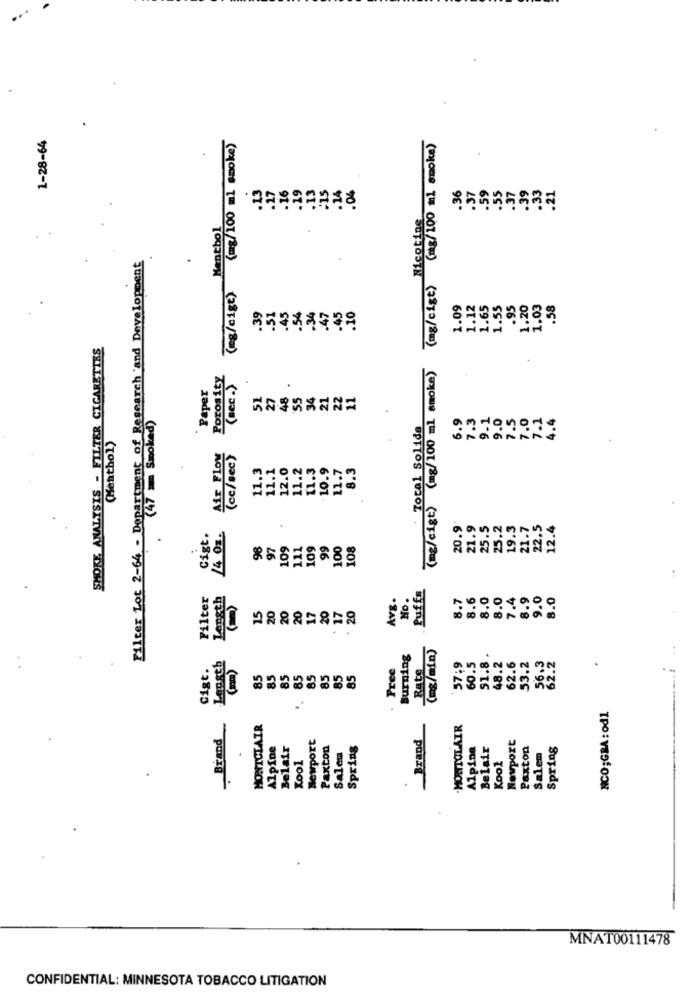
1-28-64
(mg/100 ml smoke)
(mg/cist) (mg/100 ml smoke)
:15
.16
.19
.13
.14
04
36
.55
.37
.39
.33
.21
Nicotine
Hentbol
Filter Lot 2-64 - Department of Research 'and Development
(mg/cige)
1.09
1.12
1.65
1.55
.95
1.20
1.03
.58
.39
.51
.45
.54
.34
.47
.45
10
SMOKE ANALYSIS - FILTER CIGARETTES
(mg/cigt) (mg/100 ml smoke)
Porosity
Paper
(cec.)
27
48
'S5
34
21
22
11
(47 > Smoked)
Total Solida
7.3
9.1
9.0
7.5
7.0
7.1
4.4
6.9
(Menthol)
Air Flow
(cc/sec)
11.3
11.1
12.0
11.2
11.3
.10.9
11.7
8.3
25.5
20.9
21.9
25.2
19.3
21.7
22.5
12.4
Cigt.
/4 01.
.
98
97
109
111
109
99
100
108
Puffs
Filter
Length
Avg.
No.
8.7
8.6
8.0
8.0
7.4
8.9
9.0
8.0
15
20
20
17
20
. 20
20
17
Rate
(mg/min)
Burning
60.5
51.8 .
48.2
62.6
Cigt.
Length
. Free
57,9
53.2
56.3
62.2
85
85
85
85
85
85
85
85
NCO;GBA: od1
Brand
MONTCLAIR
-HOWTOLAIR
Newport
Brand
Newport
Alpine
Belair
Paxton
Spring
Alpine
Belair
Paxton
Spring
Salem
Salem
Kool
Kool
MNAT00111478
CONFIDENTIAL: MINNESOTA TOBACCO LITIGATION